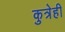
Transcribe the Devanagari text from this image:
कुत्रेही